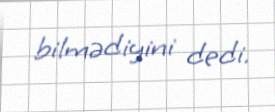
bilmədiyini dedi.